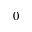
0